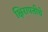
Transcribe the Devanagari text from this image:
क्षिरापतीचे